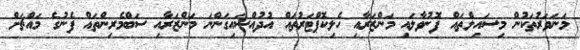
މަނަވަރުތަކުން މިސައިލްތައް ފޮނުވާލައި މަންޒަރާއި ހެލިކޮޕްޓަރުތައް އުދުއްސައިގަންނަ މަންޒަރާއި ސަބްމެރިންތައް ފެނުގެ މައްޗަށް